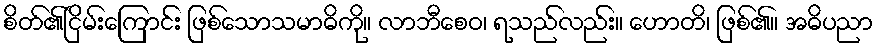
စိတ်၏ငြိမ်းကြောင်း ဖြစ်သောသမာဓိကို။ လာဘီစေဝ၊ ရသည်လည်း။ ဟောတိ၊ ဖြစ်၏။ အဓိပညာ